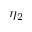
\eta _ { 2 }